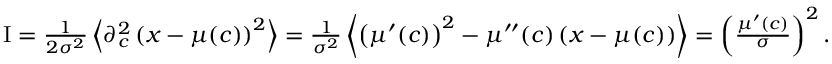
\begin{array} { r } { \mathrm { I } = \frac { 1 } { 2 \sigma ^ { 2 } } \left\langle \partial _ { c } ^ { 2 } \left( x - \mu ( c ) \right) ^ { 2 } \right\rangle = \frac { 1 } { \sigma ^ { 2 } } \left\langle \left( \mu ^ { \prime } ( c ) \right) ^ { 2 } - \mu ^ { \prime \prime } ( c ) \left( x - \mu ( c ) \right) \right\rangle = \left( \frac { \mu ^ { \prime } ( c ) } { \sigma } \right) ^ { 2 } . } \end{array}